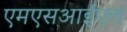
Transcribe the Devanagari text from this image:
एमएसआईएल